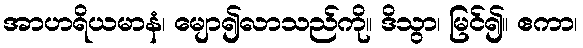
အာဟရိယမာနံ၊ မျော၍လာသည်ကို။ ဒိသွာ၊ မြင်၍။ ဧကာ၊